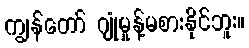
ကျွန်တော် ဂျုံမှုန့်မစားနိုင်ဘူး။